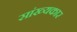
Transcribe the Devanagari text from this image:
सांख्यकार